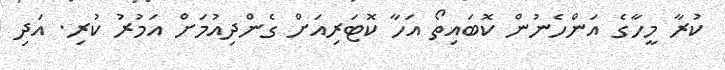
ކުރާ މީހާގެ އަންހެނުން ކޮބައިތޯ އަހާ ކޮޓަރިއަށް ގެންދިއުމަށް އަމުރު ކުރި. އަދި